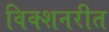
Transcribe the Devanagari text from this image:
विक्शनरीत